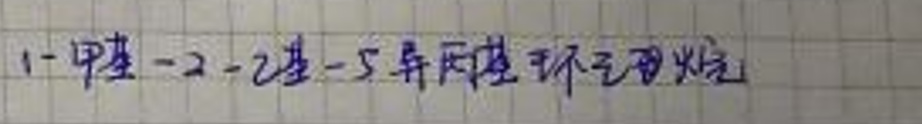
1 - 甲基 - 2 - 乙基 - 5 - 异丙基环己烷